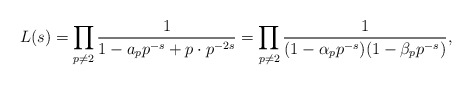
\begin{align*}L(s) = \prod_{p \not= 2} \frac{1}{1 - a_p p^{-s} + p \cdot p^{-2s}} =\prod_{p \not= 2} \frac{1}{(1 - \alpha_{p}p^{-s})(1 - \beta_{p}p^{-s})},\end{align*}